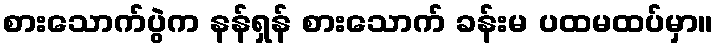
စားသောက်ပွဲက နန်ရှန် စားသောက် ခန်းမ ပထမထပ်မှာ။